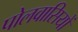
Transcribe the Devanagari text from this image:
पोलवासियों